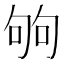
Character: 𠣪